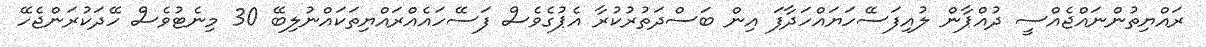
ރައްޔިތުންނައްޖެއްސީ ދުއްޕާން ލުއިފަސޭހަޔައްހަދާފަ އިން ބަސްދަތުރުކުރާ އެޕުގެވެސް ފަސޭހައެއްރައްޔިތަކައްނުލިބޭ 30 މިނެޓުވެސް ހޭދަކުރަންޖެހޭ